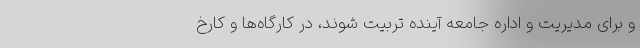
و برای مدیریت و اداره جامعه آینده تربیت شوند، در کارگاه‌ها و کارخ